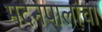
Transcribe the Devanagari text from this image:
मदनपालाचा